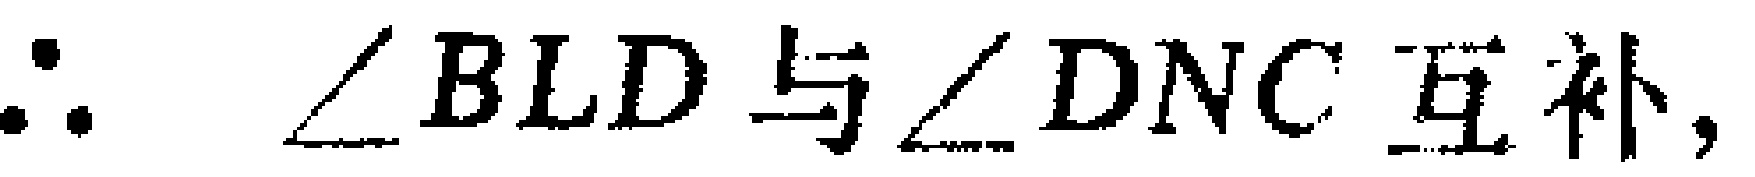
$\therefore \angle BLD与\angle DNC互补,$